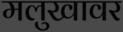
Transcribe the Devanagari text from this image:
मलुखावर